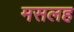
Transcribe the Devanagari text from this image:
मसलह